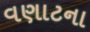
વણાટના